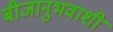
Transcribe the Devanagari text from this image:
बीजानुभवाशी